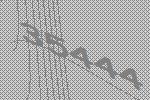
35444